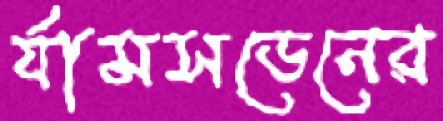
র‍্যামসডেনের